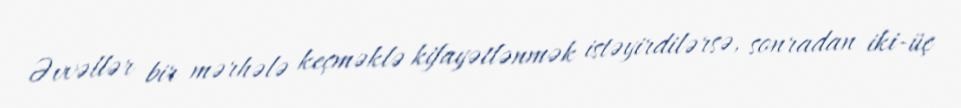
Əvvəllər bir mərhələ keçməklə kifayətlənmək istəyirdilərsə, sonradan iki-üç